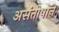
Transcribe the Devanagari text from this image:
असंतोषाने